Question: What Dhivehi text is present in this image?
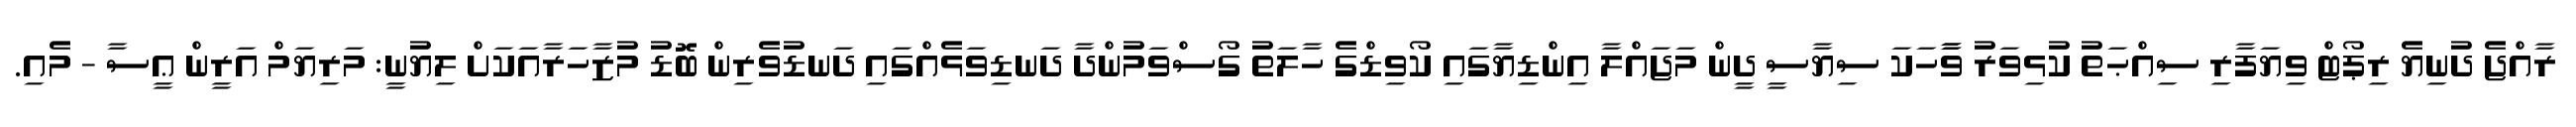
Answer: ރާއްޖެ ދުނިޔެ ރިޕޯޓް ވިޔަފާރި ސިއްޙަތު ކުޅިވަރު ވާާހަކަ ސިޔާސީ ދީން މަޖައްލާ އިންޑިޔާގައި ކޯވިޑްގެ ހާލަތު ގޯސްވަމުންދާ ދަނޑިވަޅެއްގައި ދަނޑުވެރިން ބޮޑު މުޒާހަރާއަކަށް ލިޔުނީ: މަރިޔަމް އަރީން ޢީސާ - މެއި.